Leaving Certificate Examination (including Day School Certificate (Higher) General paper), 1931
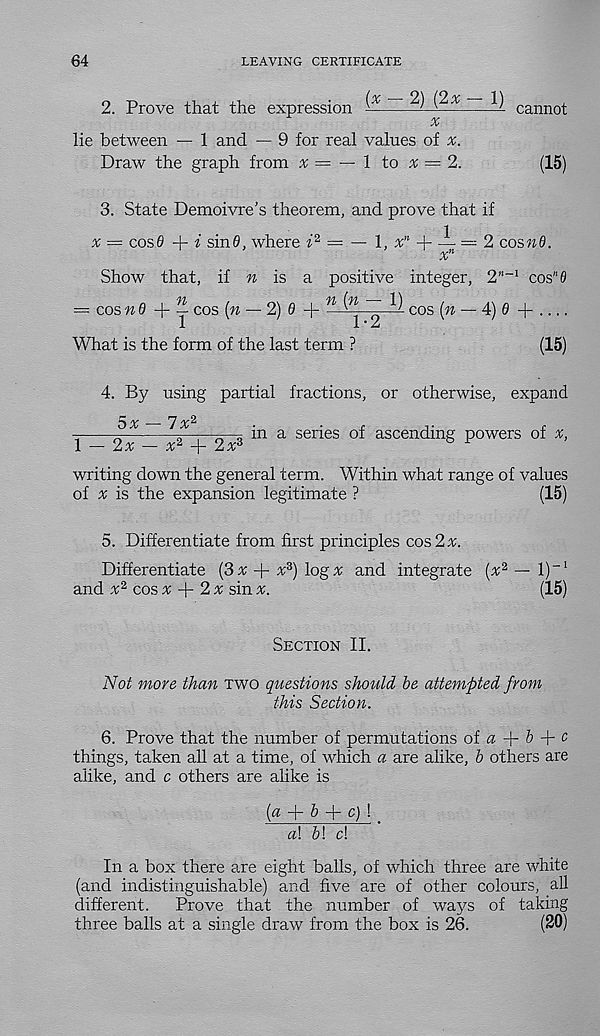
64
LEAVING CERTIFICATE
2. Prove that the expression
^ ^- X
cannot
x
lie between — 1 and — 9 for real values of
Draw the graph from %= — \ to x = 2.
(15)
3. State Demoivre’s theorem, and prove that if
% = cose 4- i sin0, where f 2 = — 1, x n -l- — — 2 cosnd.
x n
Show that, if n is a positive integer, 2"~1 cos"0
— cos nO
cos (n — 2)0 -j~ n
^ cos (» — 4) e +
What is the form of the last term ?
(15)
4. By using partial fractions, or otherwise, expand
5X — 7X 2
■
r
r
—-r m a series of ascending powers of v,
1 — 2x — x 2 -j- 2x 3
writing down the general term. Within what range of values
of % is the expansion legitimate ?
(15)
5. Differentiate from first principles cos 2%.
Differentiate (3 v + ^3) log v and integrate (x 2 — l) -1
and x 2 cos x
2 x sin x.
(15)
Section II.
Not more than two questions should be attempted from
this Section.
6. Prove that the number of permutations oi a
b N c
things, taken all at a time, of which a are alike, b others are
alike, and c others are alike is
(a S- b Ar c) \ _
a\ b\ cl
In a box there are eight balls, of which three are white
(and indistinguishable) and five are of other colours, all
different.
Prove that the number of ways of taking
three balls at a single draw from the box is 26.
(SO)